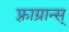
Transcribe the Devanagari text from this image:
फ़्राग्रान्स्